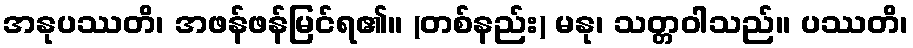
အနုပဿတိ၊ အဖန်ဖန်မြင်ရ၏။ (တစ်နည်း) မနု၊ သတ္တဝါသည်။ ပဿတိ၊